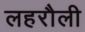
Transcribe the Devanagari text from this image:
लहरौली